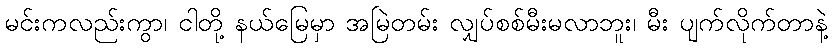
မင်းကလည်းကွာ၊ ငါတို့ နယ်မြေမှာ အမြဲတမ်း လျှပ်စစ်မီးမလာဘူး၊ မီး ပျက်လိုက်တာနဲ့